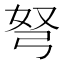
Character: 弩